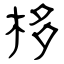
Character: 栘